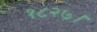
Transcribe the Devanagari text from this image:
१८२७।